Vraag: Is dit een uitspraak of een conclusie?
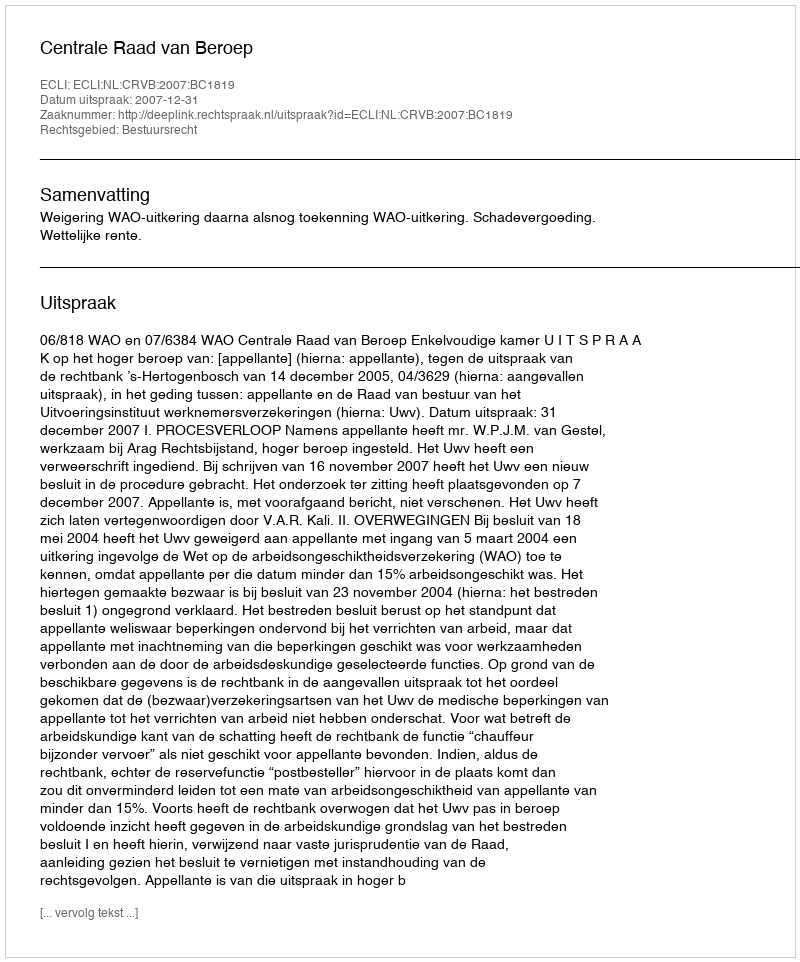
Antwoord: Uitspraak